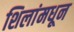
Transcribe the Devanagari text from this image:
शिलांमधून